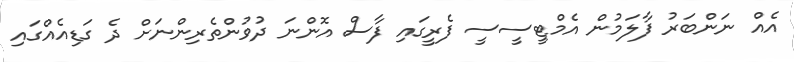
އެއް ނަންބަރު ފާލަމުން އެމްޓީސީސީ ފެރީގައި ފާސް އޮންނަ ދުވުންތެރިންނަށް ދެ ގަޑިއެއްގައި